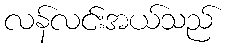
လန်လင်းအယ်သည်